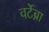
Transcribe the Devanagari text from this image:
वर्टेब्रा